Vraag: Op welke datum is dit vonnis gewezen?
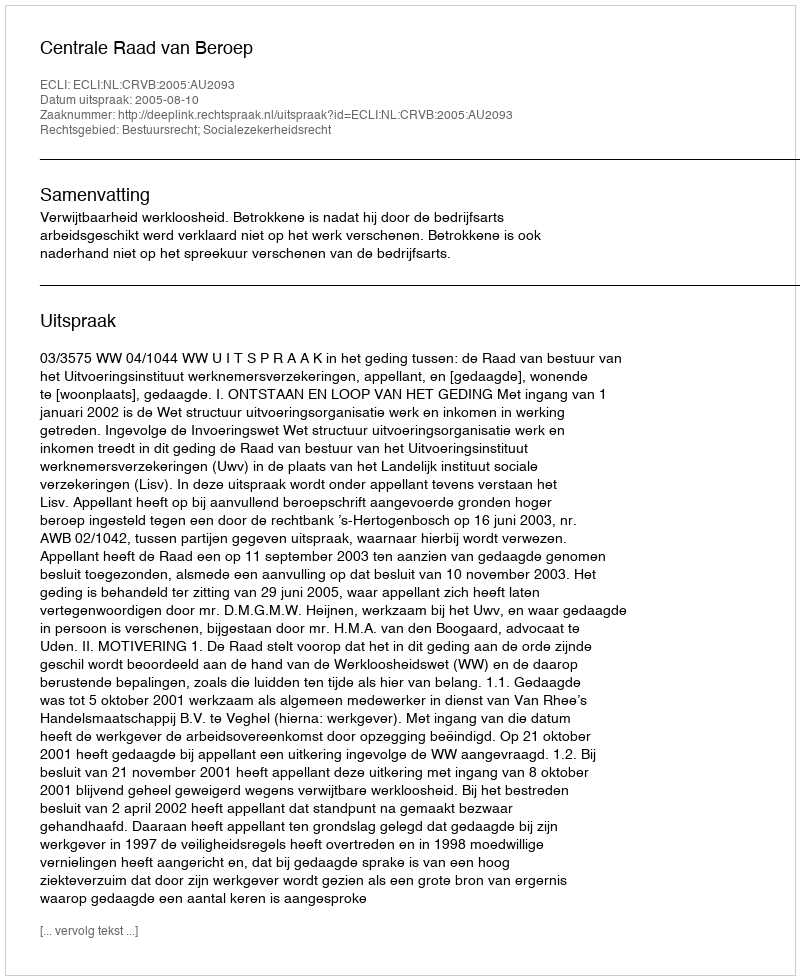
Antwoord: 2005-08-10